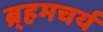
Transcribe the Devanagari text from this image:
ब्र्हमचर्य